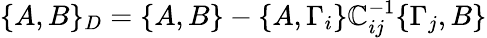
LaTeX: \{ A,B\} _{D}=\{ A,B\} -\{ A,\Gamma_{i}\} \mathbb{C}_{ij}^{-1}\{ \Gamma_{j},B\}